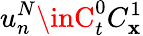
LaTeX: u_{n}^{N}\inC_{t}^{0}C_{\mathbf{x}}^{1}